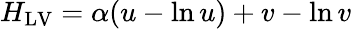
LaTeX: H_{\mathrm{LV}}=\alpha(u-\ln u)+v-\ln v